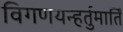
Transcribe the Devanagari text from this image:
विगणयन्हर्तुमार्तिं